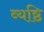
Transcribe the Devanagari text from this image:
व्यष्ठि